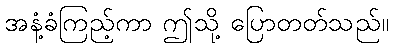
အနံ့ခံကြည့်ကာ ဤသို့ ပြောတတ်သည်။